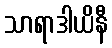
သာရာဒါယိနီ